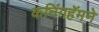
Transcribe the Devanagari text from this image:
कनिंगहॅमने